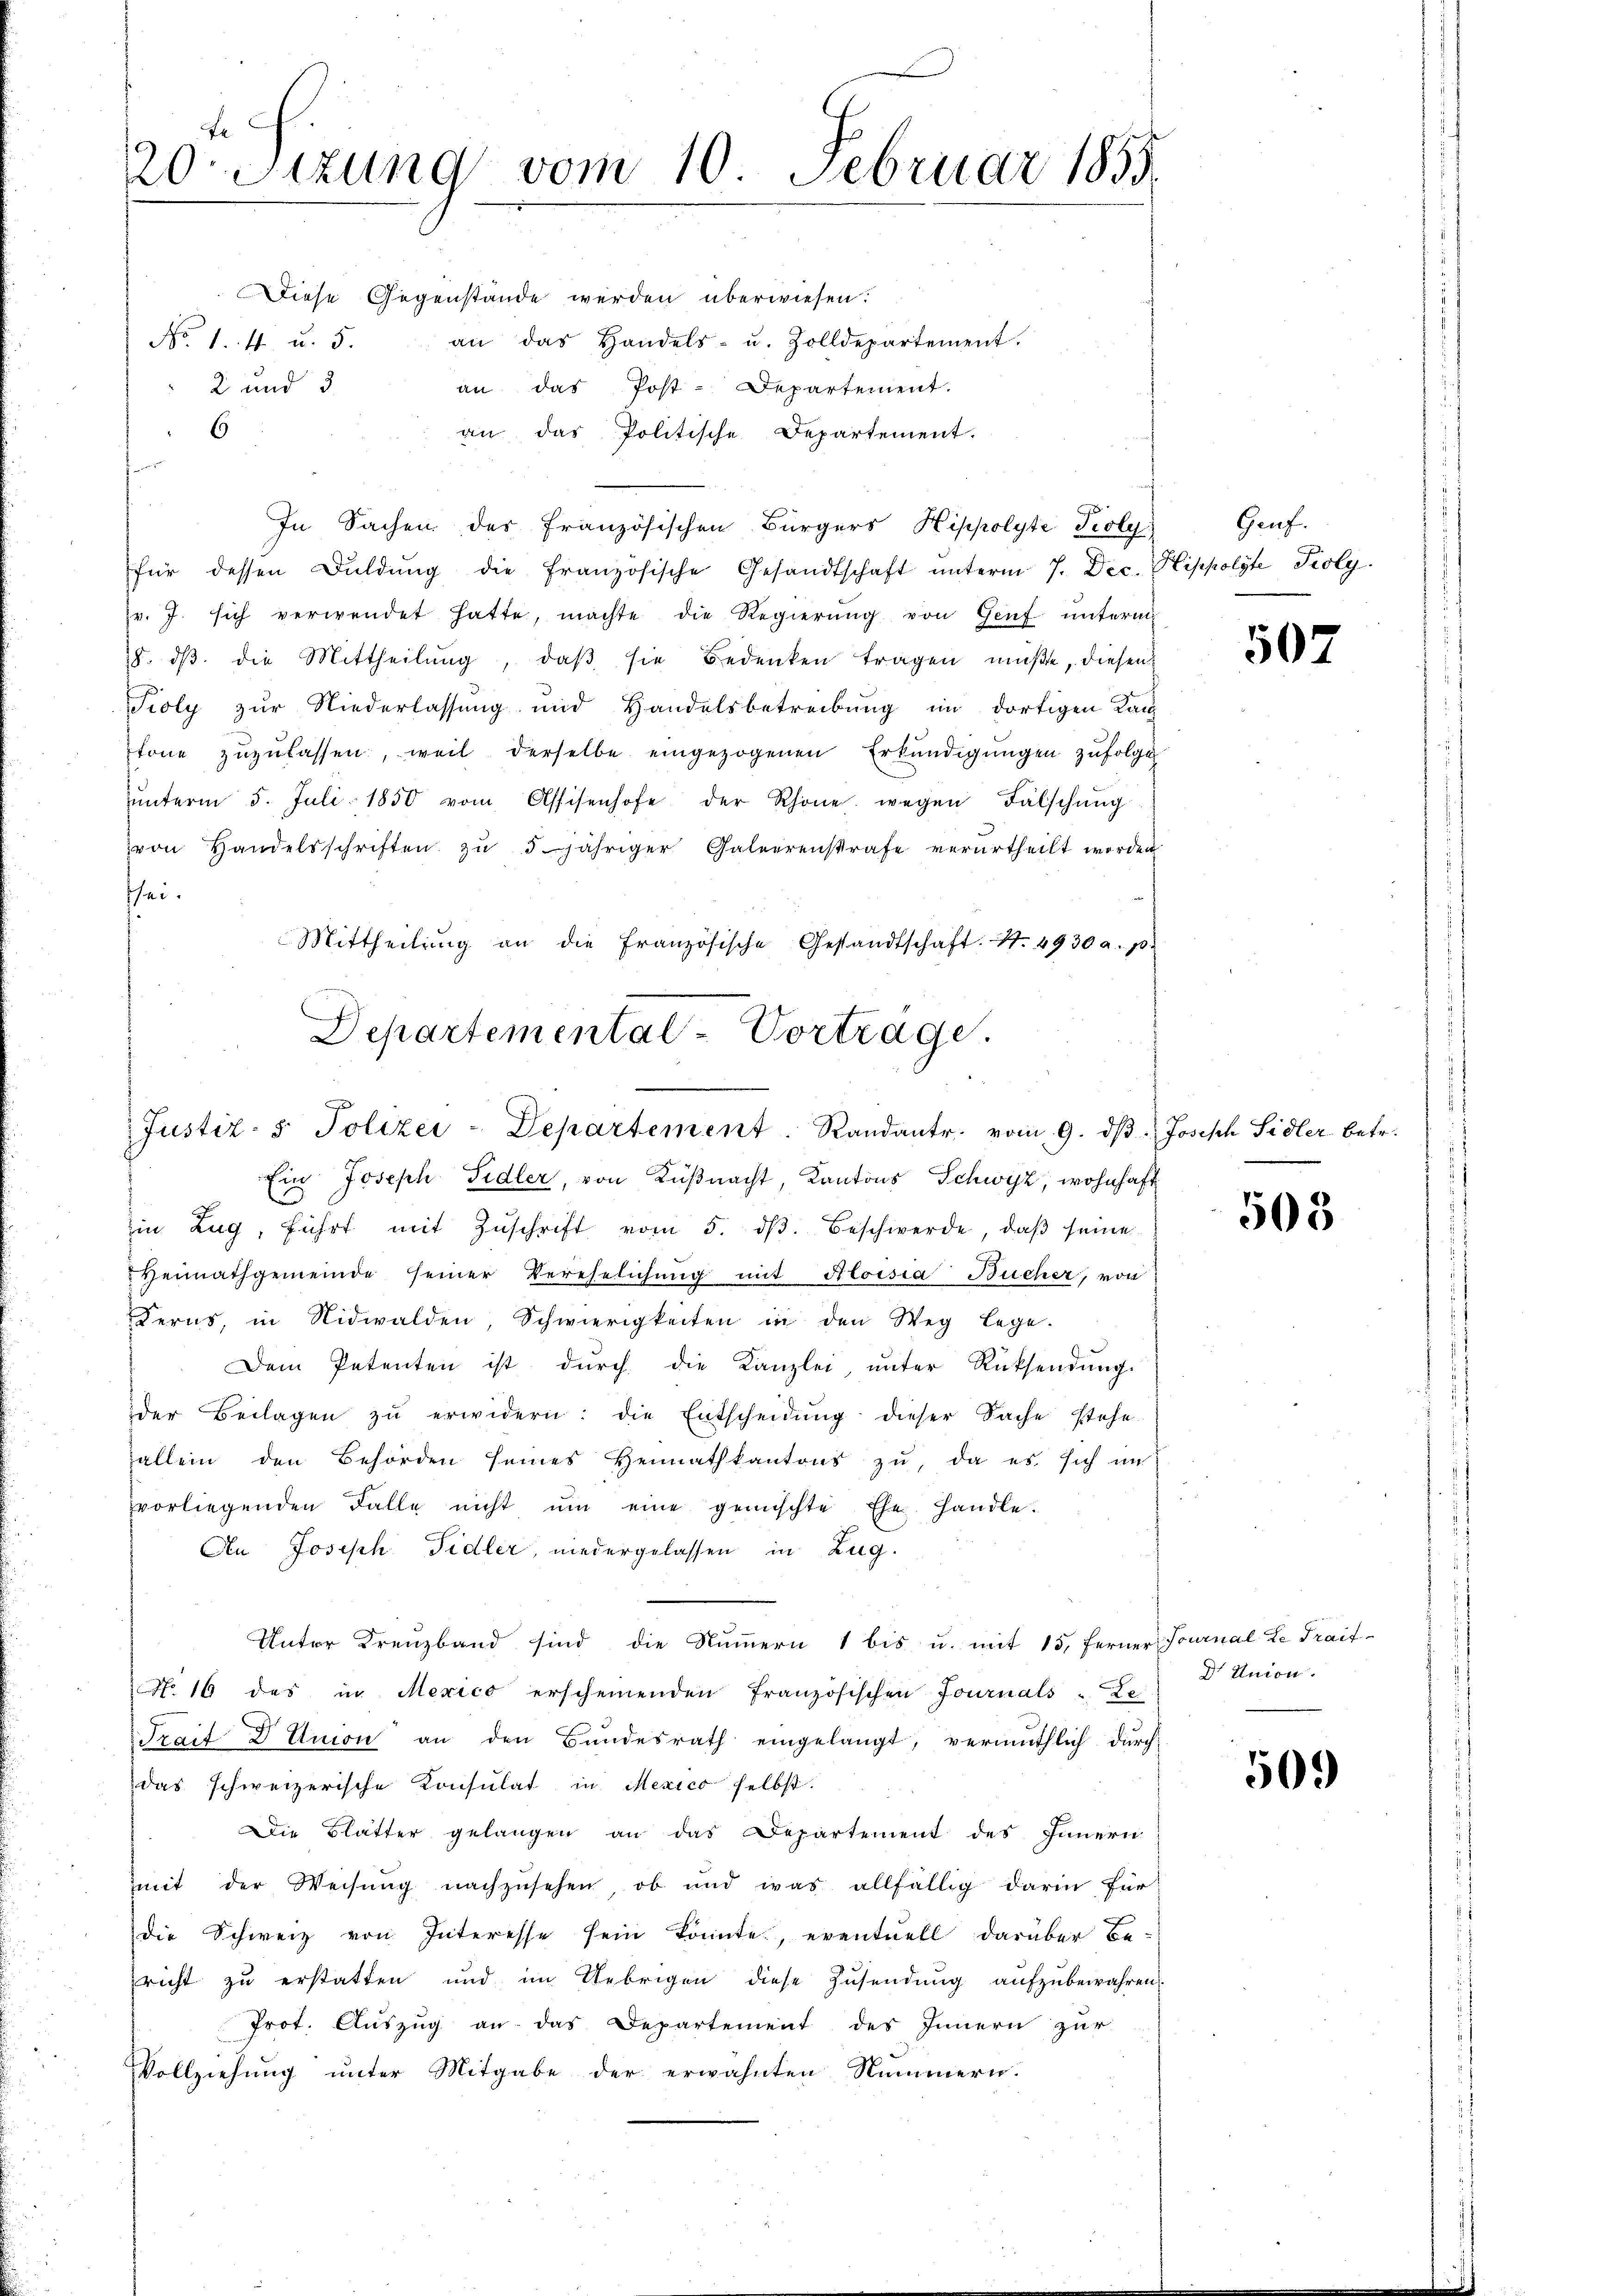
20-Sitzung vom 10. Februar 1855.

2 und 3

Diese Gegenstände werden überwiesen.
No 1. 4 u. 5. an das Handels- u. Zolldepartement.
an das Post-Departement.
6
an das Politische Departement.
In Sachen des Französischen Bürgers Hippolyte Poly
für dessen Dŭldŭng die französische Gesandtschaft ŭnterm 7. Dec. Hippolyte Poly
pr. J. sich verwendet hatte, machte die Regierŭng von Genf unterm
18. dβ die Mittheilŭng, daβ sie Bedenken tragen müße, diesen
Sioly zur Niederlassung und Handelsbetreibung im dortigen Kanz
tone zŭzŭlassen, weil derselbe eingezogenen Erkŭndigungen zufolge
ŭŭnterm 5. Juli 1850 vom Assisenhofe der Rhone wegen Fälschŭng
von Handelsschriften zŭ 5jähriger Galeerenstrafe verurtheilt worden
schei¬
Mittheilŭng an die Französische Gestandtschaft. No. 4930 a. p.
Ein Joseph Sidler, von Küßnacht, Kantons Schwyz, wohnhaft
.
Iin Zug, führt mit Zŭschrift vom 5. dβ. Beschwerde, daβ seine
Heimathgemeinde seiner Verehelichung mit Aloisia Bucher, von
Derus, in Nidwalden, Schwierigkeiten in den Weg lege.
Dem Petenten ist durch die Kanzlei, unter Rücksendung.
der Beilagen zŭ erwidern: die Entscheidŭng dieser Sache stehe
allein den Behörden seines Heimatkantons zŭ, da es sich im
vvorliegenden Falle nicht ŭm eine gemischte Ehe handle.
An Joseph Fidler, niedergelassen in Zug.
Unter Kreuzband sind die Nummern 1 bis u. mit 15, ferner Journal Le Traif-
No 16 des in Mexico erscheinenden französischen Journals Le
Trait Dr Union an den Bundesrath eingelangt, vermuthlich durch
das schweizerische Konsulat in Mexico selbst.
Die Blätter gelangen an das Departement des Innern
mmit der Weisung nachzusehen, ob und was allfällig darin für
die Schweiz von Interesse sein könnte, eventuell darüber be-
richt zu erstatten und im Uebrigen diese Zusendung aufzubewahren
Prot. Auszug an das Departement des Innern zur
Vollziehŭng ŭnter Mitgabe der erwähnten Nummern.

Departemental-Vortrage.
Justiz- & Polizei-Departement. Randantr. vom 9. dβ Joseph Sidler betr.

Genf.

507

503

Dr Union.

509